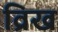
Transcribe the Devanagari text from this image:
व्रिख